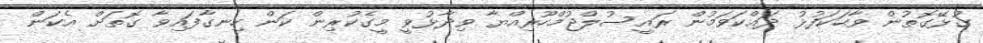
ގުޅޭގޮތުން ވާހަކަފުޅު ދައްކަވަމުން ރައީސުލްޖުމްހޫރިއްޔާ ވިދާޅުވީ މީގެކުރިން ކަން ހިނގާފައިވާ ގޮތަށް އެކަން